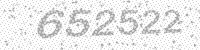
Solution: 652522